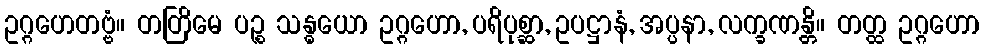
ဥဂ္ဂဟေတဗ္ဗံ။ တတြိမေ ပဉ္စ သန္ဓယော ဥဂ္ဂဟော, ပရိပုစ္ဆာ, ဥပဋ္ဌာနံ, အပ္ပနာ, လက္ခဏန္တိ။ တတ္ထ ဥဂ္ဂဟော